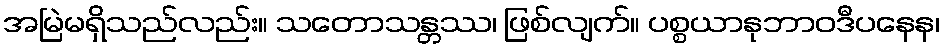
အမြဲမရှိသည်လည်း။ သတောသန္တဿ၊ ဖြစ်လျက်။ ပစ္စယာနုဘာဝဒီပနေန၊